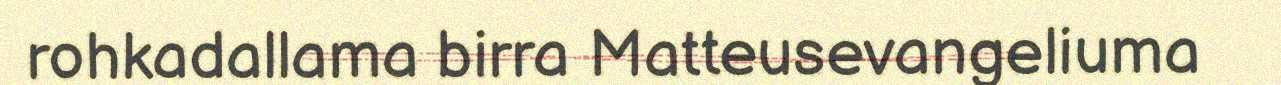
rohkadallama birra Matteusevangeliuma